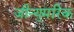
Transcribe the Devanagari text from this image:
जीन्युमरिक